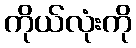
ကိုယ်လုံးကို